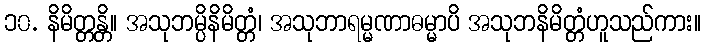
၁၀. နိမိတ္တန္တိ။ အသုဘမ္ပိနိမိတ္တံ၊ အသုဘာရမ္မဏာဓမ္မာပိ အသုဘနိမိတ္တံဟူသည်ကား။